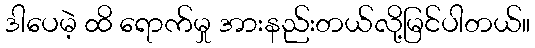
ဒါပေမဲ့ ထိ ရောက်မှု အားနည်းတယ်လို့မြင်ပါတယ်။